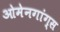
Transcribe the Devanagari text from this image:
ओमेनगांग्स